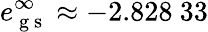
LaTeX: e_{\mathrm{~g~s~}}^{\infty}\approx-2.828\ 33